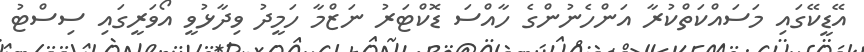
އޭޑީކޭގައި މަސައްކަތްކުރާ އަންހެނުންގެ ހާއްސަ ޑޮކްޓަރު ނަޒްމާ ހަމީދު ވިދާޅުވީ އޯވަރީގައި ސިސްޓު